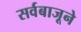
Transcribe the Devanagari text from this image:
सर्वबाजूने